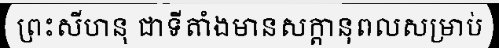
ព្រះសីហនុ ជាទីតាំងមានសក្តានុពលសម្រាប់